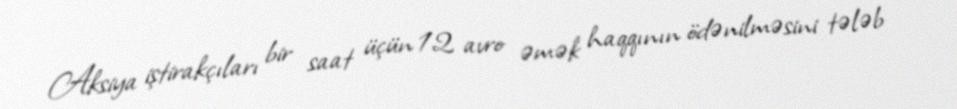
Aksiya iştirakçıları bir saat üçün 12 avro əmək haqqının ödənilməsini tələb